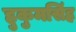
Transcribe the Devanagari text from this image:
हुकुमसिंह